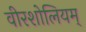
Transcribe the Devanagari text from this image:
वीरशोलियम्